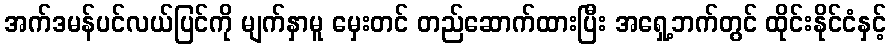
အက်ဒမန်ပင်လယ်ပြင်ကို မျက်နှာမူ မှေးတင် တည်ဆောက်ထားပြီး အရှေ့ဘက်တွင် ထိုင်းနိုင်ငံနှင့်